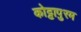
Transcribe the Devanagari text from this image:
कोट्टापुरम